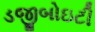
ડજીબોઇટી